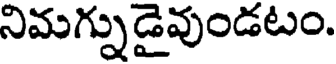
నిమగ్నుడైవుండటం.